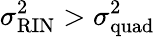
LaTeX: \sigma_{\mathrm{RIN}}^{2}>\sigma_{\mathrm{quad}}^{2}